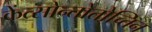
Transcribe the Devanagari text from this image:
केंत्सोन्तोतोच्तिन